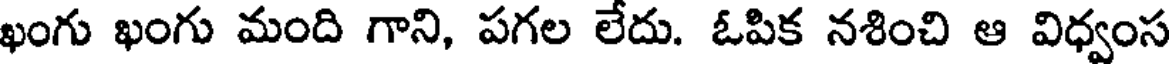
ఖంగు ఖంగు మంది గాని, పగల లేదు. ఓపిక నశించి ఆ విధ్వంస